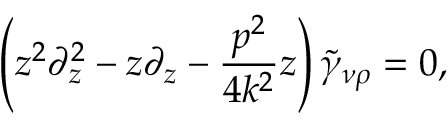
\left( z ^ { 2 } \partial _ { z } ^ { 2 } - z \partial _ { z } - \frac { p ^ { 2 } } { 4 k ^ { 2 } } z \right) \tilde { \gamma } _ { \nu \rho } = 0 ,